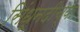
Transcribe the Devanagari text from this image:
सिंधूनदीच्या